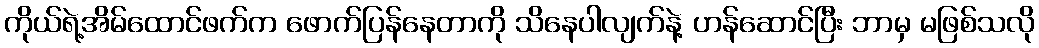
ကိုယ်ရဲ့အိမ်ထောင်ဖက်က ဖောက်ပြန်နေတာကို သိနေပါလျက်နဲ့ ဟန်ဆောင်ပြီး ဘာမှ မဖြစ်သလို